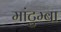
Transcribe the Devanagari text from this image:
मांटुम्बा